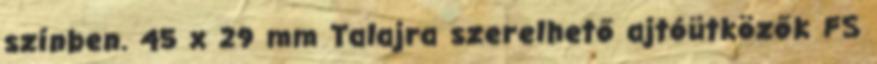
színben. 45 x 29 mm Talajra szerelhető ajtóütközők FS